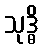
သုဒ္ဓိ